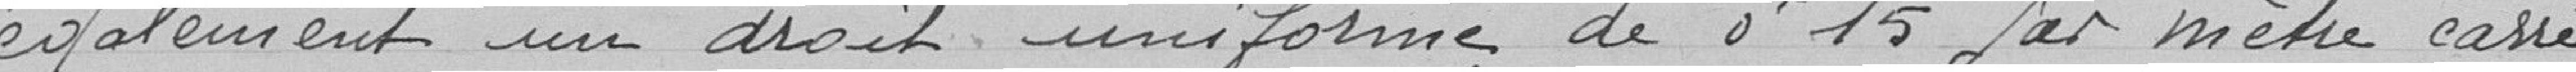
également un droit uniforme de 0F15 par mètre carré